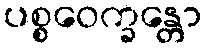
ပစ္စဝေက္ခန္တော